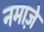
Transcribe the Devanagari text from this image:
नमाजे़